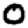
Digit: 0